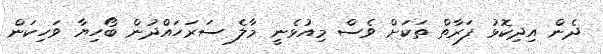
ދެން އިދިކޮޅު ފަރާތް ތަކަށް ވެސް މިއުޅެނީ މާލެ ސަރަހައްދުން ބޯހިޔާ ވަހިކަން